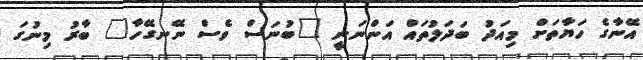
އޭނާގެ ހަޔާތަށް މިއަދު ބަދަލުތައް އަންނަނީ "ބުނަސް ވެސް ނޭނގޭހާ" ބާރު މިނުގަ